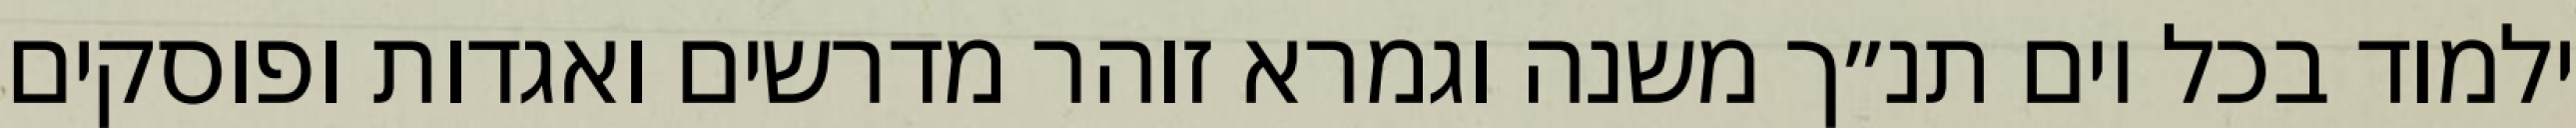
ילמוד בכל יום תנ״ך משנה וגמרא זוהר מדרשים ואגדות ופוסקים